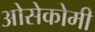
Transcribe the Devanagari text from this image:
ओसेकोमी